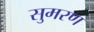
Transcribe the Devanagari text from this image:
सुमरण